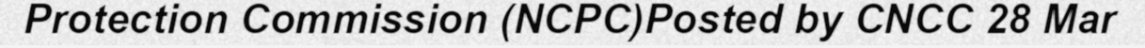
Protection Commission (NCPC)Posted by CNCC 28 Mar